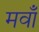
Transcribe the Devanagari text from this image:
मवाँ